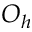
O _ { h }